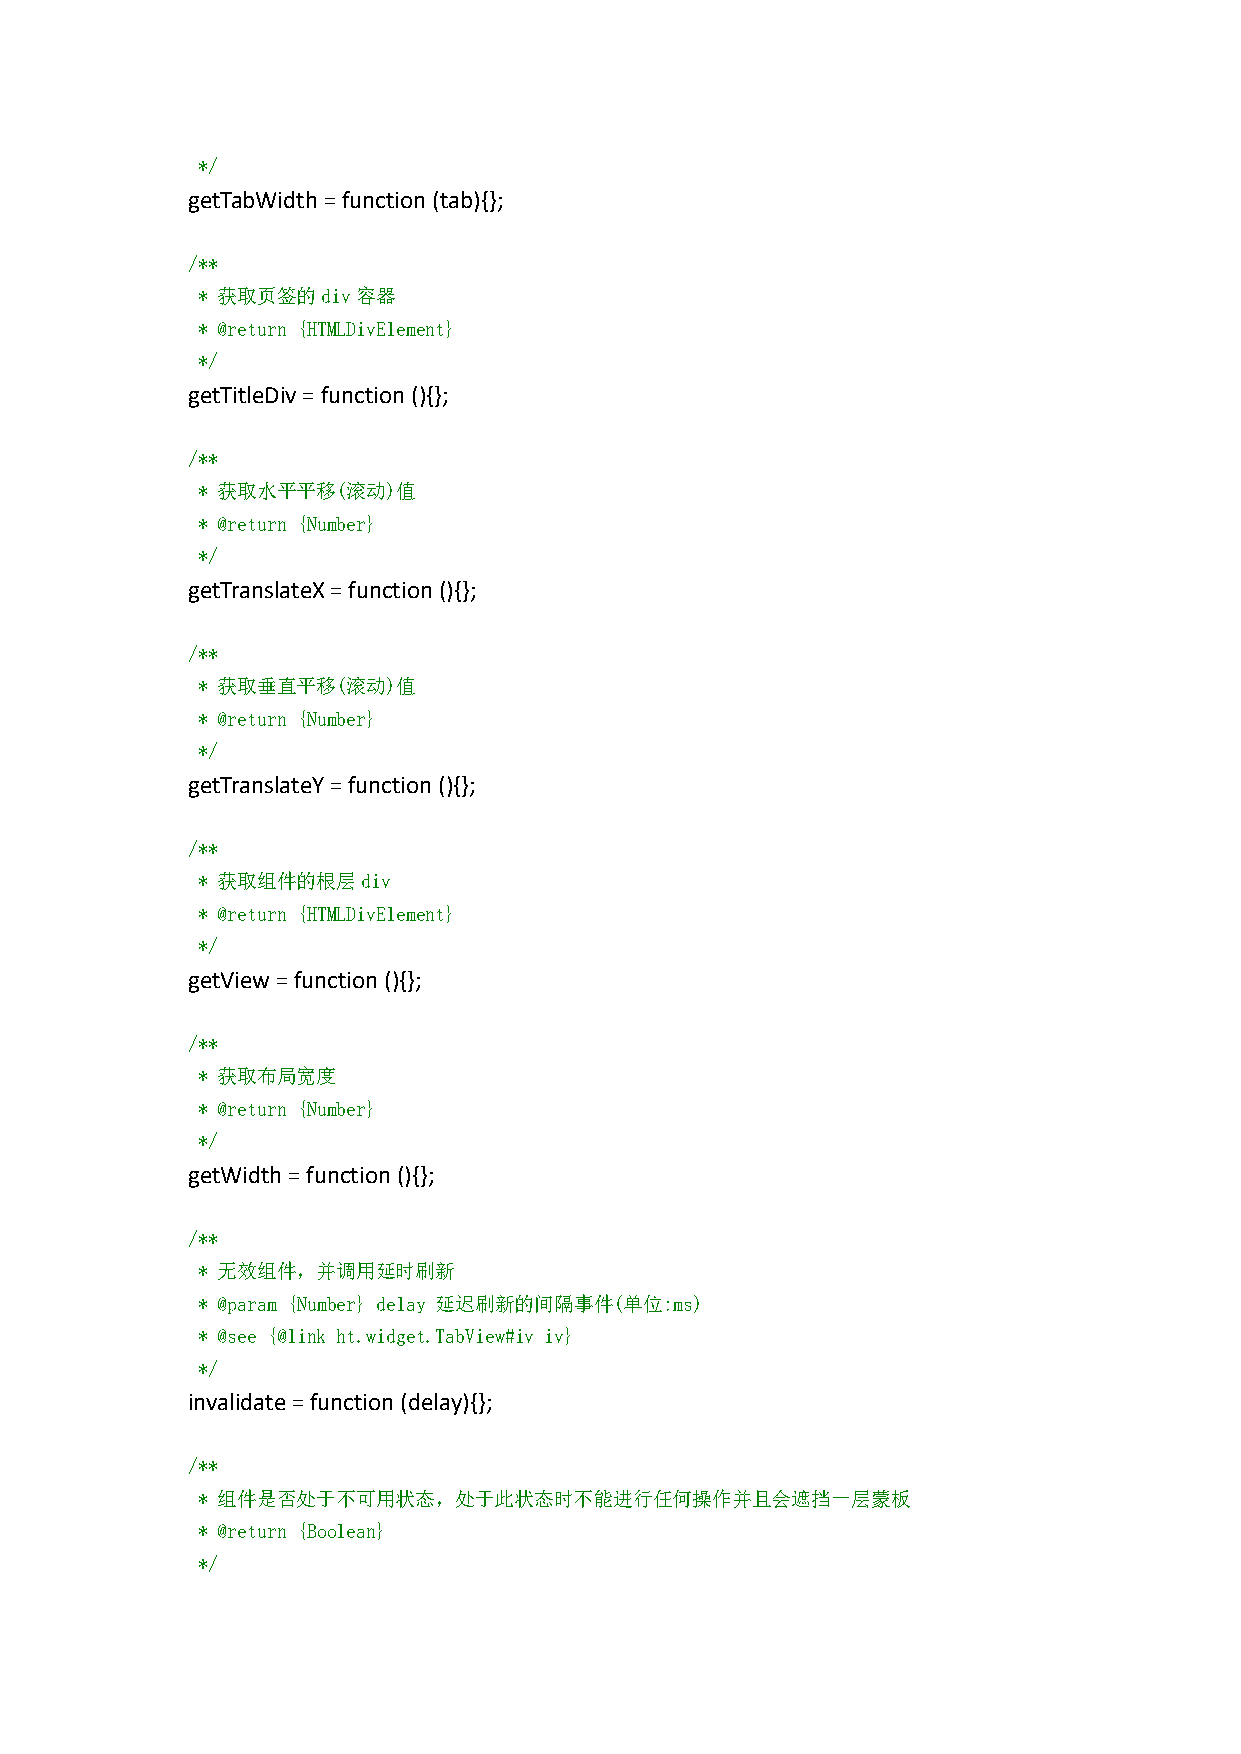
*/
 getTabWidth=function(tab){};
 /**
 * 获取页签的div容器
 * @return {HTMLDivElement}
 */
 getTitleDiv=function(){};
 /**
 * 获取水平平移(滚动)值
 * @return {Number}
 */
 getTranslateX=function(){};
 /**
 * 获取垂直平移(滚动)值
 * @return {Number}
 */
 getTranslateY=function(){};
 /**
 * 获取组件的根层div
 * @return {HTMLDivElement}
 */
 getView=function(){};
 /**
 * 获取布局宽度
 * @return {Number}
 */
 getWidth=function(){};
 /**
 * 无效组件，并调用延时刷新
 * @param {Number} delay 延迟刷新的间隔事件(单位:ms)
 * @see {@link ht.widget.TabView#iv iv}
 */
 invalidate=function(delay){};
 /**
 * 组件是否处于不可用状态，处于此状态时不能进行任何操作并且会遮挡一层蒙板
 * @return {Boolean}
 */